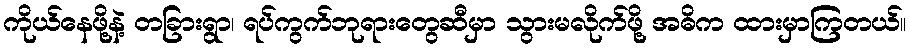
ကိုယ်နေဖို့နဲ့ တခြားရွာ၊ ရပ်ကွက်ဘုရားတွေဆီမှာ သွားမလိုက်ဖို့ အဓိက ထားမှာကြတယ်။